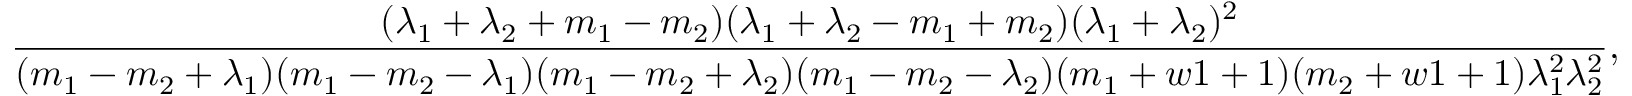
\frac { ( \lambda _ { 1 } + \lambda _ { 2 } + m _ { 1 } - m _ { 2 } ) ( \lambda _ { 1 } + \lambda _ { 2 } - m _ { 1 } + m _ { 2 } ) ( \lambda _ { 1 } + \lambda _ { 2 } ) ^ { 2 } } { ( m _ { 1 } - m _ { 2 } + \lambda _ { 1 } ) ( m _ { 1 } - m _ { 2 } - \lambda _ { 1 } ) ( m _ { 1 } - m _ { 2 } + \lambda _ { 2 } ) ( m _ { 1 } - m _ { 2 } - \lambda _ { 2 } ) ( m _ { 1 } + w 1 + 1 ) ( m _ { 2 } + w 1 + 1 ) \lambda _ { 1 } ^ { 2 } \lambda _ { 2 } ^ { 2 } } ,